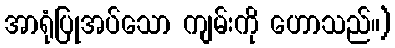
အာရုံပြုအပ်သော ကျမ်းကို ဟောသည်။)